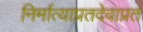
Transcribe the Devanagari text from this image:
निर्मात्याप्रतदेवाप्रत